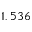
1 , 5 3 6